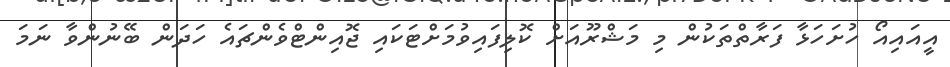
އީއައިއޯ ހުށަހަޅާ ފަރާތްތަކުން މި މަޝްރޫއަށް ކޮލިފައިވުމަށްޓަކައި ޖޮއިންޓްވެންޗައެ ހަދަން ބޭނުންވާ ނަމަ